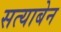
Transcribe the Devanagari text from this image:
सत्याबेन